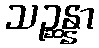
သဉ္ဆန္နာ